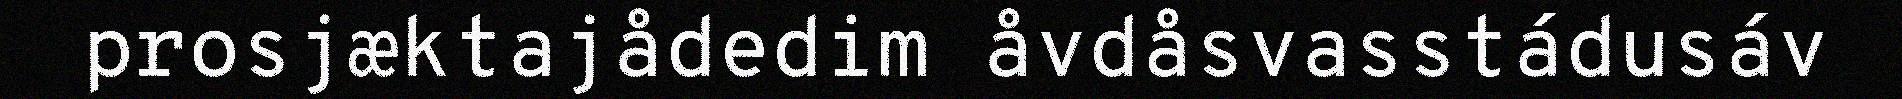
prosjæktajådedim åvdåsvasstádusáv